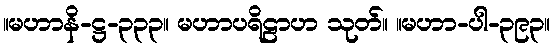
။မဟာနိ-ဋ္ဌ-၃၃၃။ မဟာပရိဠာဟ သုတ်။ ။မဟာ-ပါ-၃၉၃။